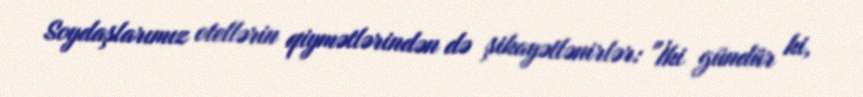
Soydaşlarımız otellərin qiymətlərindən də şikayətlənirlər: "İki gündür ki,